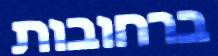
ברחובות